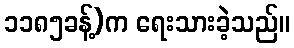
၁၁၈၅ခန့်)က ရေးသားခဲ့သည်။